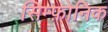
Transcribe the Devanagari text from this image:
सिम्फ़ोनिक